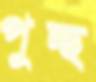
পুচ্ছ